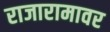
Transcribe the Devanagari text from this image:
राजारामावर